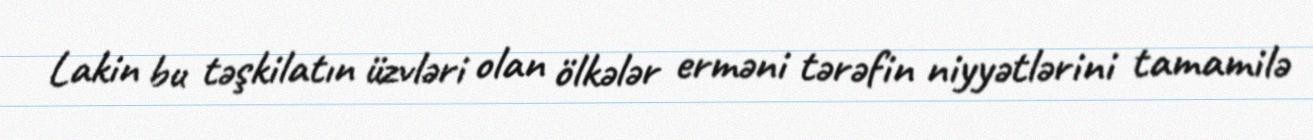
Lakin bu təşkilatın üzvləri olan ölkələr erməni tərəfin niyyətlərini tamamilə